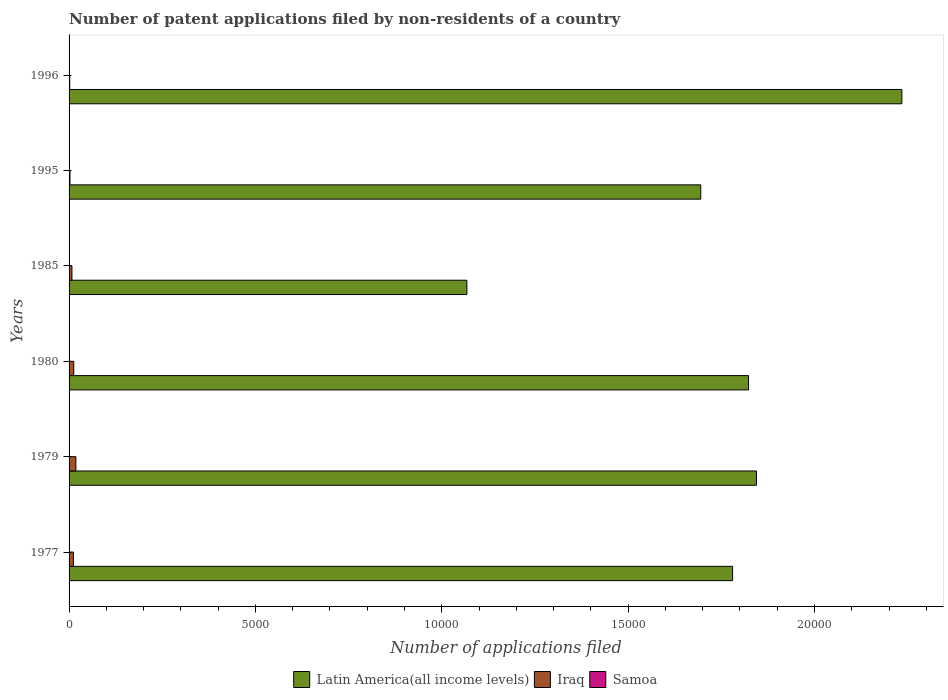
| Years | Latin America(all income levels) | Iraq | Samoa |
 | --- | --- | --- | --- |
 | 1977 | 1.78e+04 | 116 | 3 |
 | 1979 | 1.84e+04 | 183 | 4 |
 | 1980 | 1.82e+04 | 126 | 2 |
 | 1985 | 1.07e+04 | 77 | 4 |
 | 1995 | 1.69e+04 | 24 | 2 |
 | 1996 | 2.23e+04 | 18 | 3 |